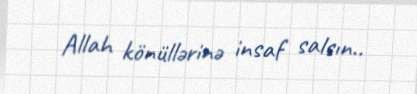
Allah könüllərinə insaf salsın..